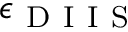
\epsilon _ { \mathrm { ~ D ~ I ~ I ~ S ~ } }